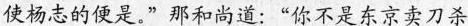
使杨志的便是。”那和尚道：“你不是东京卖刀杀